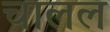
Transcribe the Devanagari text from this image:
चालल